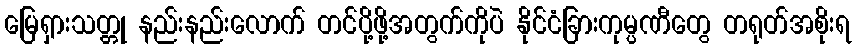
မြေရှားသတ္တု နည်းနည်းလောက် တင်ပို့ဖို့အတွက်ကိုပဲ နိုင်ငံခြားကုမ္ပဏီတွေ တရုတ်အစိုးရ